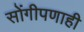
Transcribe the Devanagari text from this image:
सोंगीपणाही